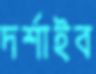
দর্শাইব